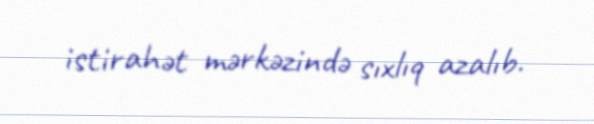
istirahət mərkəzində sıxlıq azalıb.